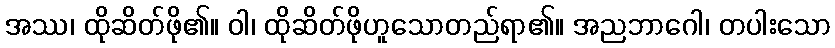
အဿ၊ ထိုဆိတ်ဖို၏။ ဝါ၊ ထိုဆိတ်ဖိုဟူသောတည်ရာ၏။ အညဘာဂေါ၊ တပါးသော